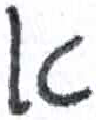
אות: א